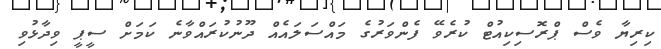
ކިރިޔާ ވެސް ޕްރޮސިކިއުޓް ކުރެވޭ ފެންވަރުގެ މައްސަލައެއް ދޫނުކުރައްވާނެ ކަމަށް ސީޕީ ވިދާޅުވި